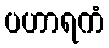
ပဟာရကံ